[Report on the health of British troops in the Madras command]
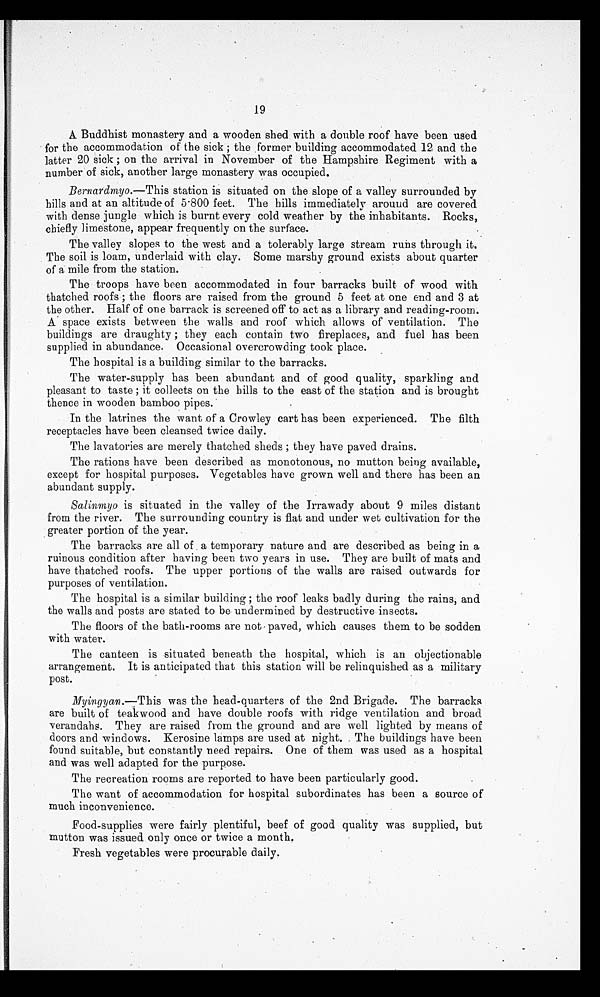
19
A Buddhist monastery and a wooden shed with a double roof have been used
for the accommodation of the sick ; the former building accommodated 12 and the
latter 20 sick ; on the arrival in November of the Hampshire Regiment with a
number of sick, another large monastery was occupied.
Bernardmyo .—This station is situated on the slope of a valley surrounded by
hills and at an altitude of 5.800 feet. The hills immediately around are covered
with dense jungle which is burnt every cold weather by the inhabitants. Rocks,
chiefly limestone, appear frequently on the surface.
The valley slopes to the west and a tolerably large stream runs through it.
The soil is loam, underlaid with clay. Some marshy ground exists about quarter
of a mile from the station.
The troops have been accommodated in four barracks built of wood with
thatched roofs ; the floors are raised from the ground 5 feet at one end and 3 at
the other. Half of one barrack is screened off to act as a library and reading-room.
A space exists between the walls and roof which allows of ventilation. The
buildings are draughty ; they each contain two fireplaces, and fuel has been
supplied in abundance. Occasional overcrowding took place.
The hospital is a building similar to the barracks.
The water-supply has been abundant and of good quality, sparkling and
pleasant to taste ; it collects on the hills to the east of the station and is brought
thence in wooden bamboo pipes.
In the latrines the want of a Crowley cart has been experienced. The filth
receptacles have been cleansed twice daily.
The lavatories are merely thatched sheds ; they have paved drains.
The rations have been described as monotonous, no mutton being available,
except for hospital purposes. Vegetables have grown well and there has been an
abundant supply.
Salinmyo is situated in the valley of the Irrawady about 9 miles distant
from the river. The surrounding country is flat and under wet cultivation for the
greater portion of the year.
The barracks are all of a temporary nature and are described as being in a
ruinous condition after having been two years in use. They are built of mats and
have thatched roofs. The upper portions of the walls are raised outwards for
purposes of ventilation.
The hospital is a similar building ; the roof leaks badly during the rains, and
the walls and posts are stated to be undermined by destructive insects.
The floors of the bath-rooms are not paved, which causes them to be sodden
with water.
The canteen is situated beneath the hospital, which is an objectionable
arrangement. It is anticipated that this station will be relinquished as a military
post.
Myingyan .—This was the head-quarters of the 2nd Brigade. The barracks
are built of teakwood and have double roofs with ridge ventilation and broad
verandahs. They are raised from the ground and are well lighted by means of
doors and windows. Kerosine lamps are used at night. The buildings have been
found suitable, but constantly need repairs. One of them was used as a hospital
and was well adapted for the purpose.
The recreation rooms are reported to have been particularly good.
The want of accommodation for hospital subordinates has been a source of
much inconvenience.
Food-supplies were fairly plentiful, beef of good quality was supplied, but
mutton was issued only once or twice a month.
Fresh vegetables were procurable daily.